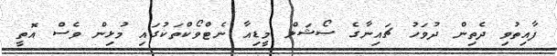
ފާއިތުވި ދެތިން ދުވަހު ޗައިނާގެ ސޯޝަލް މީޑިއާ ނެޓްވޯކްތަކުގައި މުޅިން ވެސް އޮތީ